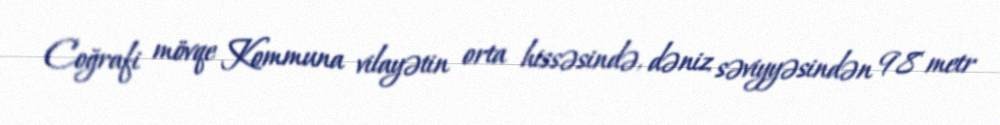
Coğrafi mövqe Kommuna vilayətin orta hissəsində, dəniz səviyyəsindən 98 metr